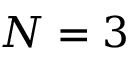
N = 3